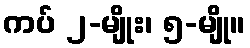
ကပ် ၂-မျိုး၊ ၅-မျို။